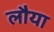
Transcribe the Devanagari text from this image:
लौया